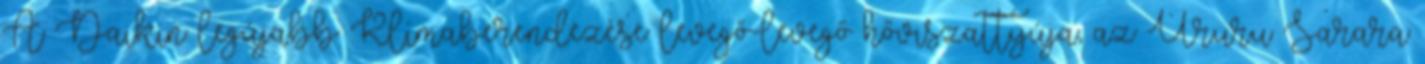
A Daikin legújabb Klímaberendezése levegő-levegő hőviszattyúja, az Ururu Sarara